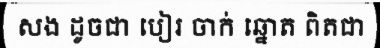
សង ដូចជា បៀរ ចាក់ ឆ្នោត ពិតជា